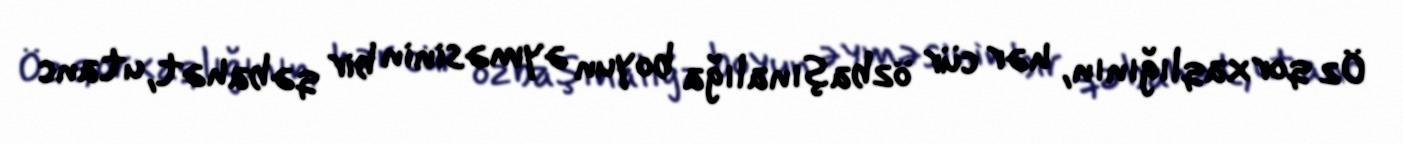
Öz qorxaqlığının, hər cür özbaşınalığa boyun əyməsinin bir qəbahət, utanc